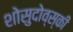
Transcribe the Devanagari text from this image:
शोसुदोव्स्की